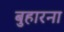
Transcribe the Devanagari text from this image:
बुहारना